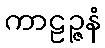
ကာဠဉ္ဇနံ